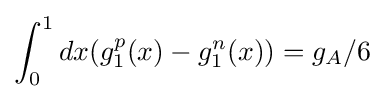
\int _{0}^{1}dx(g_{1}^{p}(x)-g_{1}^{n}(x))=g_{A}/6